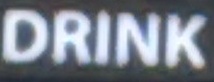
DRINK